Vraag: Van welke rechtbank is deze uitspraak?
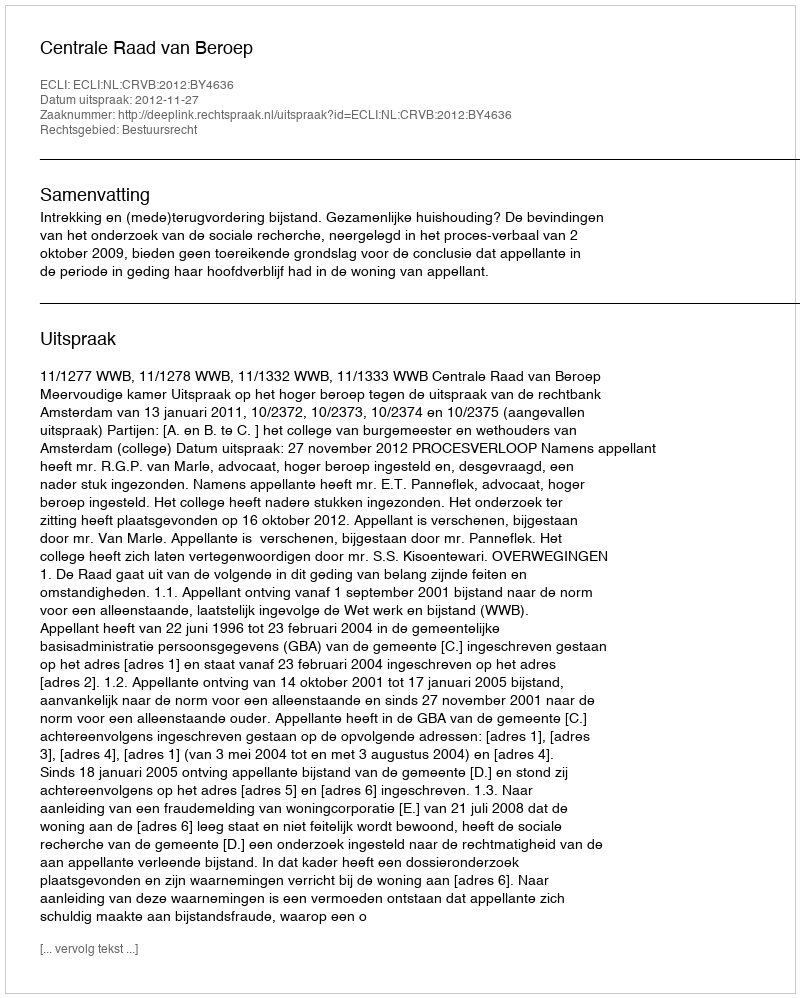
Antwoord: Centrale Raad van Beroep